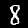
Digit: 8